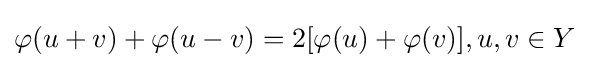
\varphi (u+v)+\varphi (u-v)=2[\varphi (u)+\varphi (v)],u,v\in Y